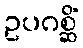
ဥပဂစ္ဆိံ